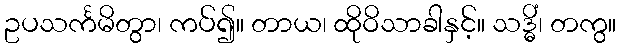
ဥပသင်္ကမိတွာ၊ ကပ်၍။ တာယ၊ ထိုဝိသာခါနှင့်။ သဒ္ဓိံ၊ တကွ။